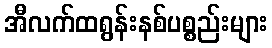
အီလက်ထရွန်းနစ်ပစ္စည်းများ